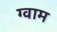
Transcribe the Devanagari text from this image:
ग्वाम